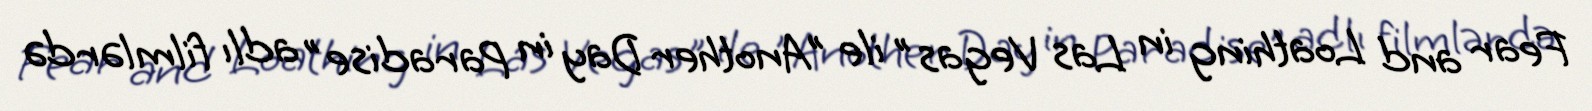
Fear and Loathing in Las Vegas" ile "Another Day in Paradise" adlı filmlərdə